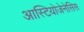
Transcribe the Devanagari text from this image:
आस्टियोजेनेसिस